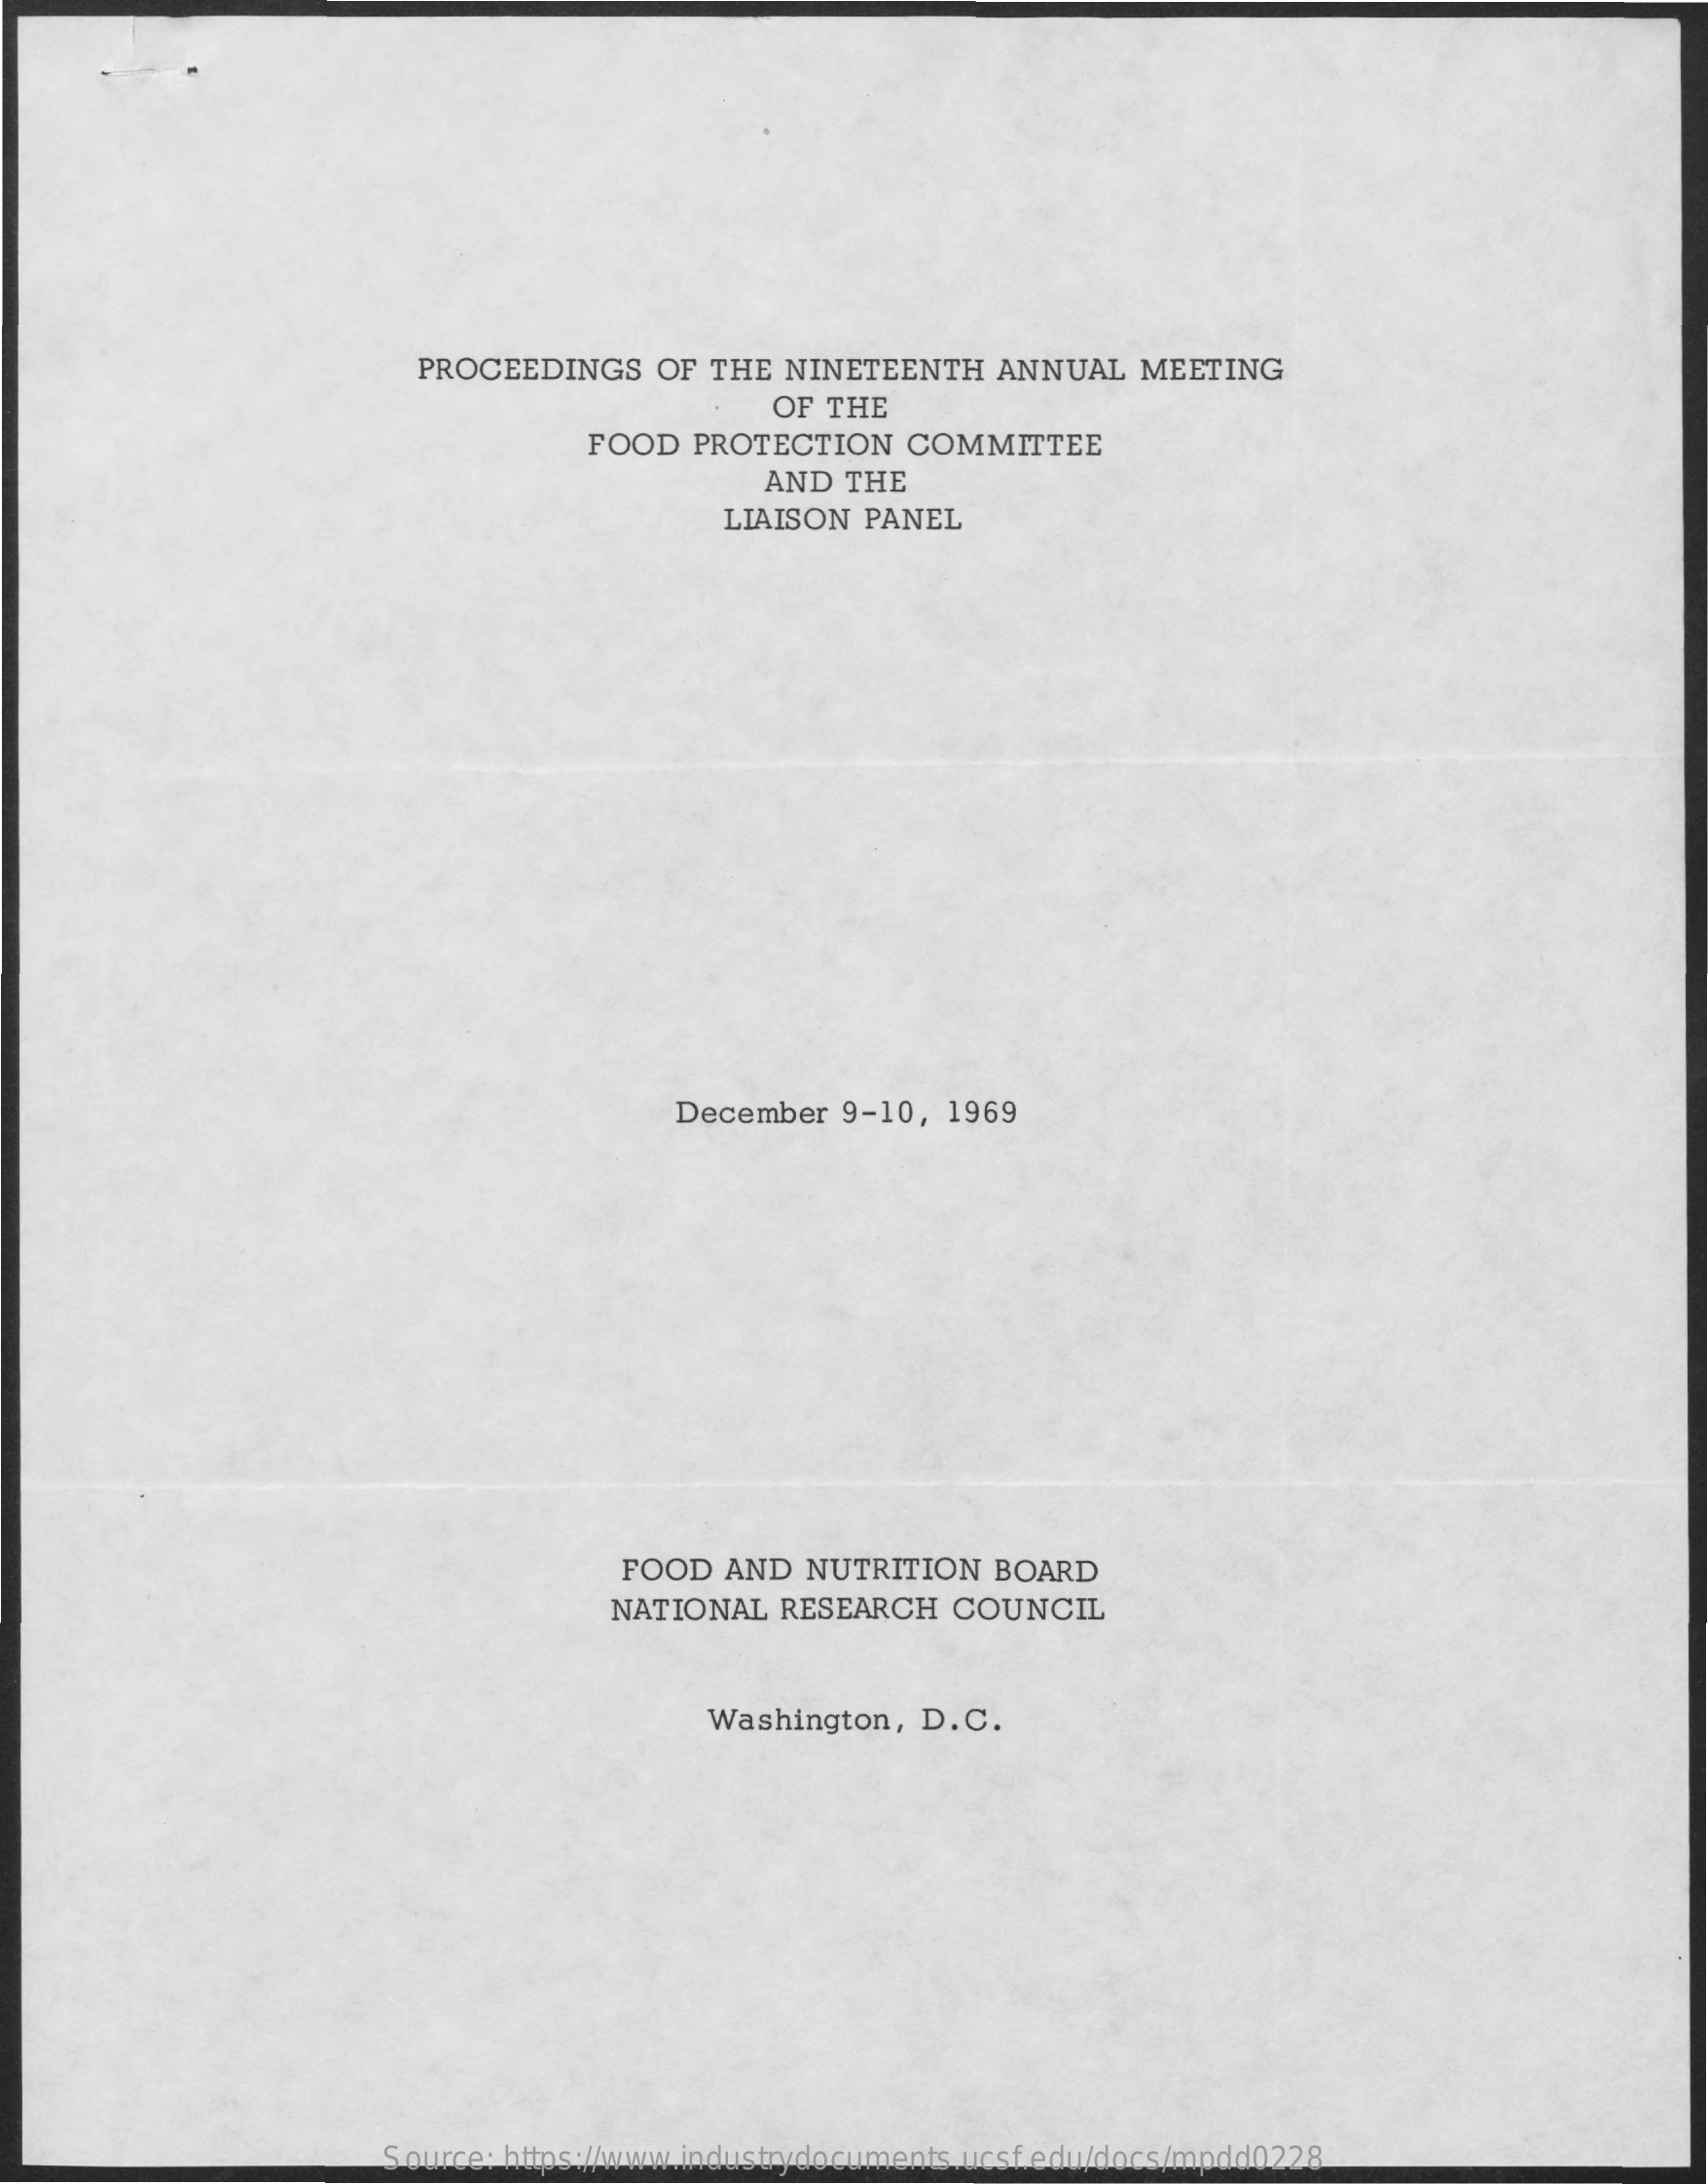
PROCEEDINGS    OF  THE NINETEENTH    ANNUAL   MEETING
     OF THE
     FOOD   PROTECTION   COMMITTEE
     AND  THE
     LIAISON PANEL
     December  9-10,  1969
     FOOD  AND   NUTRITION   BOARD
     NATIONAL   RESEARCH   COUNCIL
     Washington,  D.C.
     Source: https://www.industrydocuments.ucsf.edu/docs/mpdd0228